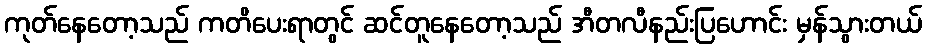
ကုတ်နေတော့သည် ကတိပေးရာတွင် ဆင်တူနေတော့သည် အီတလီနည်းပြဟောင်း မှန်သွားတယ်